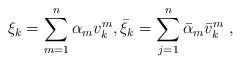
\begin{align*} \xi_k=\sum_{m=1}^n \alpha_m v^m_k,\bar\xi_k=\sum_{j=1}^n \bar\alpha_m \bar v^m_k\ ,\end{align*}